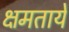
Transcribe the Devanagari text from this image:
क्षमताये